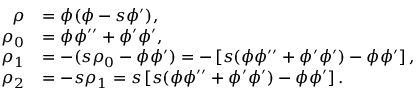
\begin{array} { r l } { \rho } & { = \phi ( \phi - s \phi ^ { \prime } ) , } \\ { \rho _ { 0 } } & { = \phi \phi ^ { \prime \prime } + \phi ^ { \prime } \phi ^ { \prime } , } \\ { \rho _ { 1 } } & { = - ( s \rho _ { 0 } - \phi \phi ^ { \prime } ) = - \left[ s ( \phi \phi ^ { \prime \prime } + \phi ^ { \prime } \phi ^ { \prime } ) - \phi \phi ^ { \prime } \right] , } \\ { \rho _ { 2 } } & { = - s \rho _ { 1 } = s \left[ s ( \phi \phi ^ { \prime \prime } + \phi ^ { \prime } \phi ^ { \prime } ) - \phi \phi ^ { \prime } \right] . } \end{array}